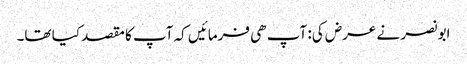
ابو نصر نے عرض کی: آپ ھی فرمائیں کہ آپ کا مقصد کیا تھا۔